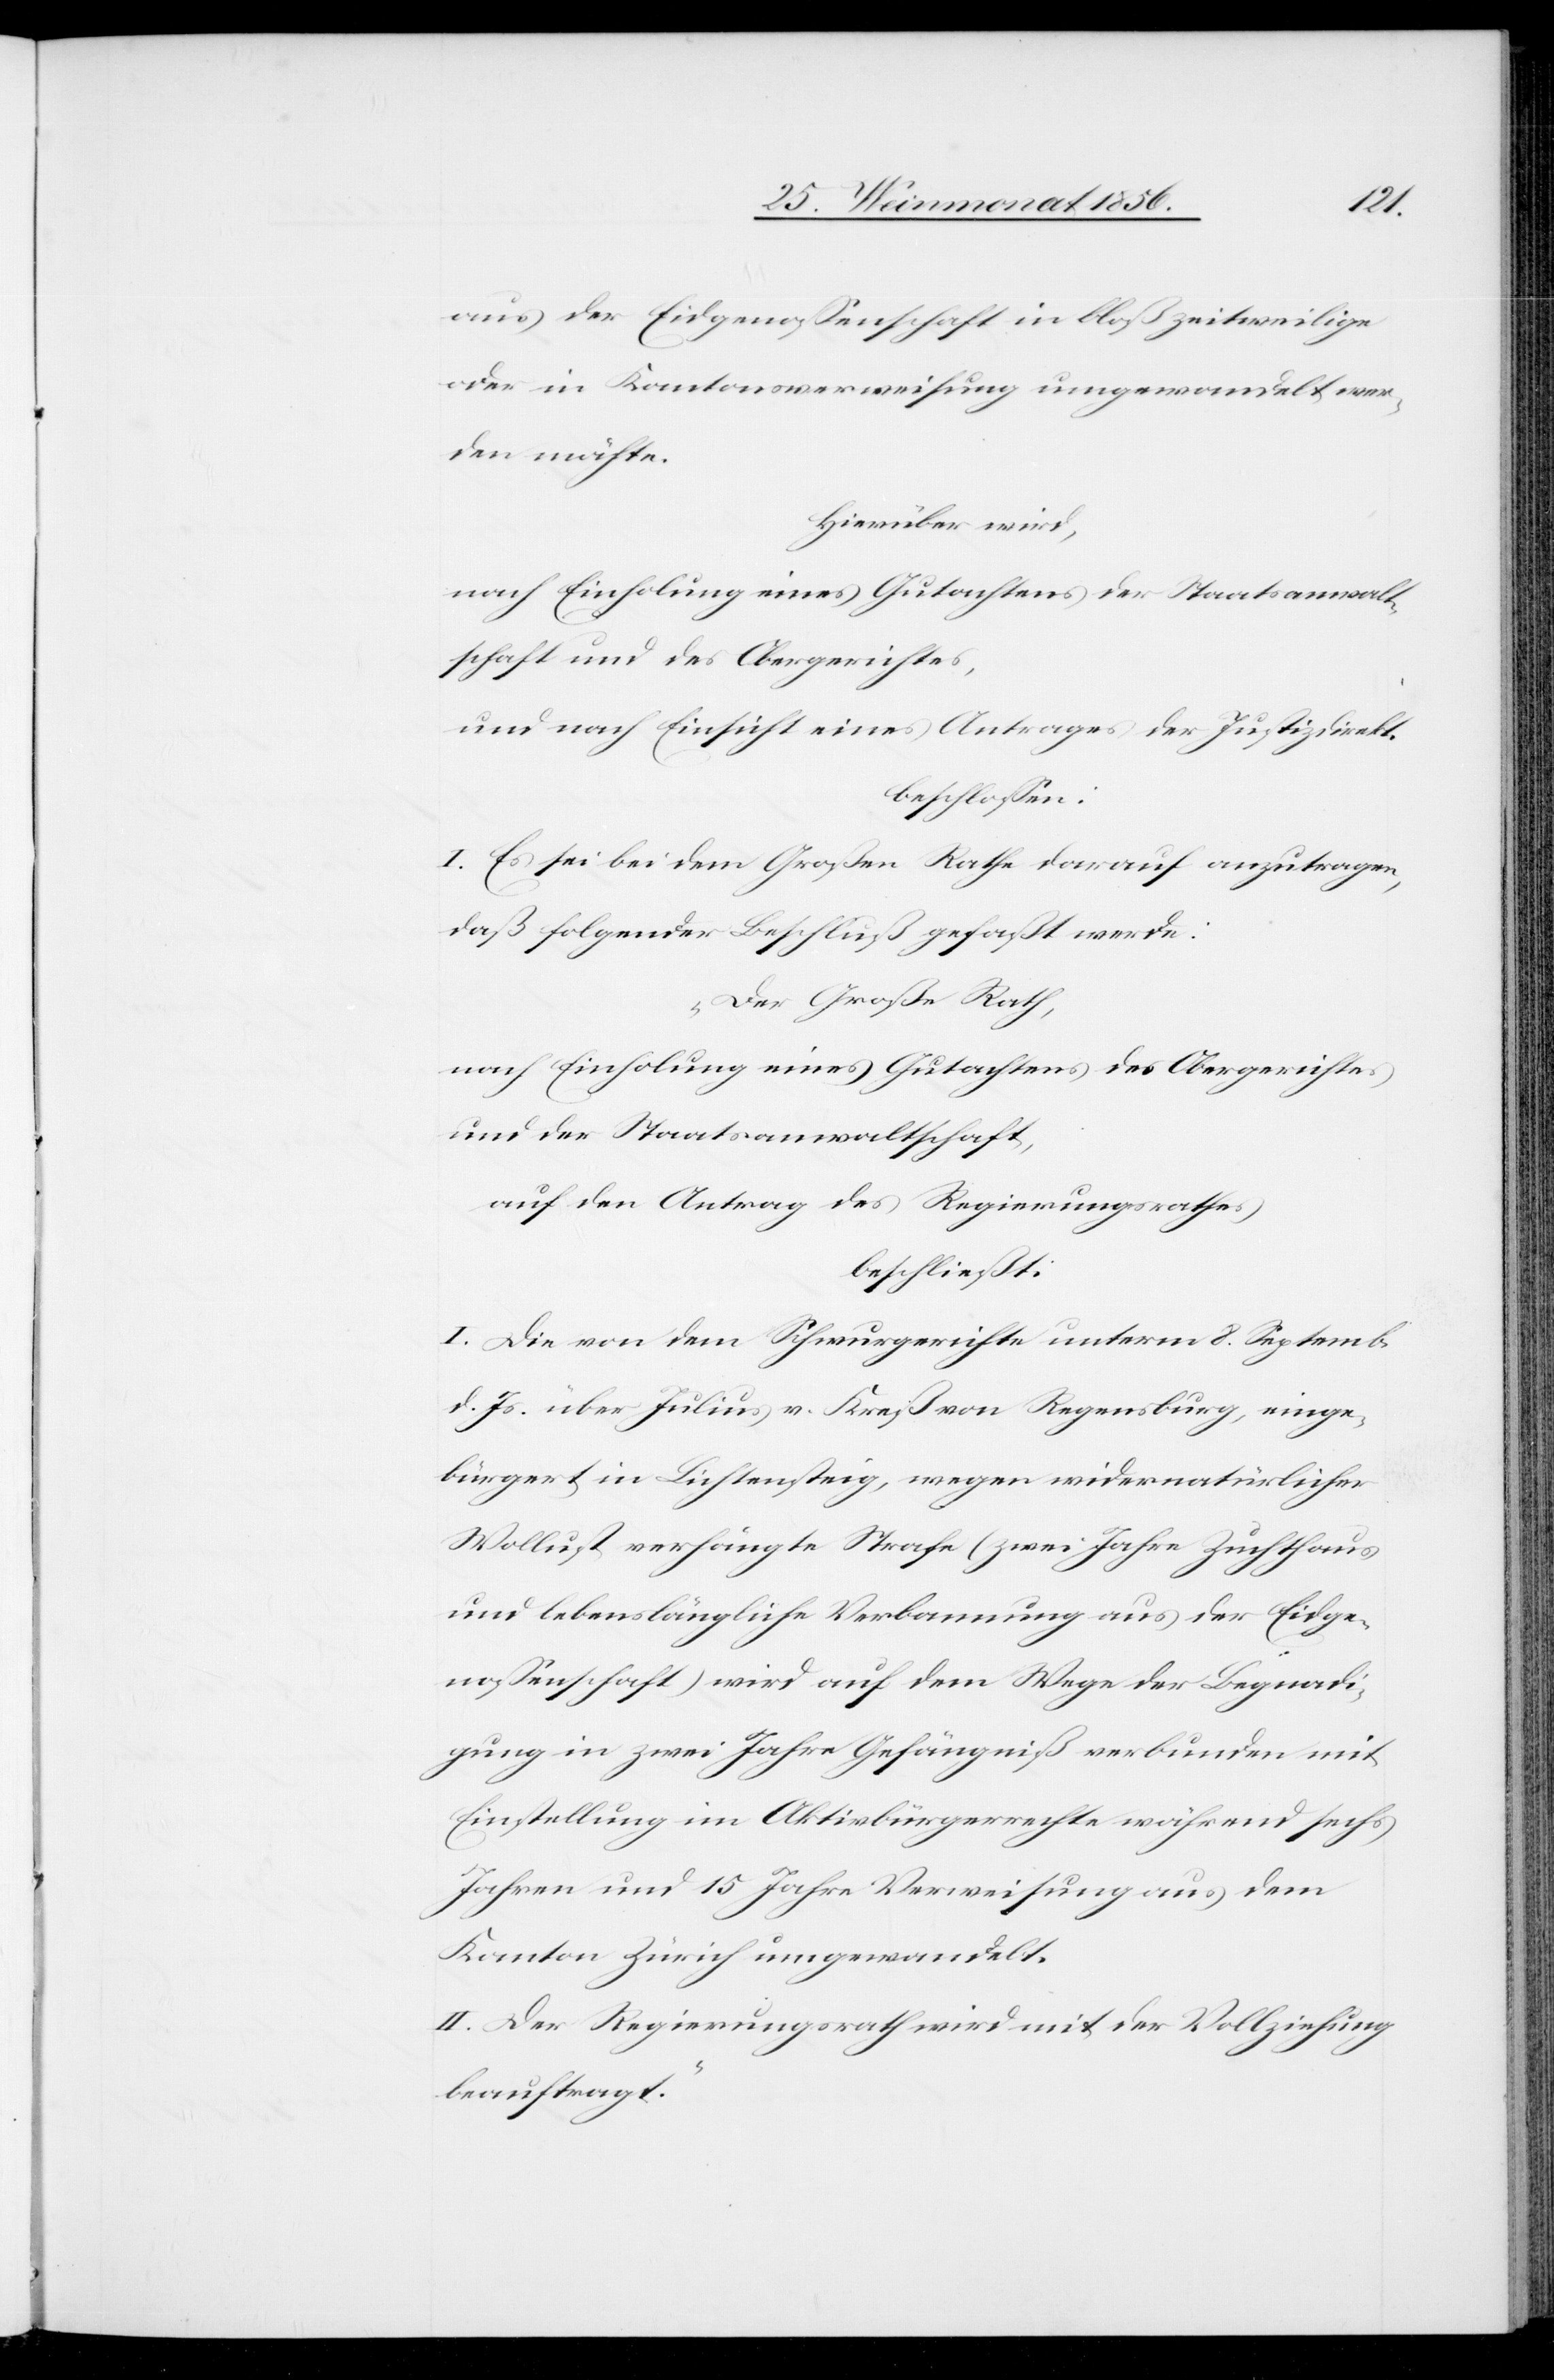
aus der Eidgenossenschaft in bloß zeitweilige
oder in Kantonsverweisung umgewandelt wer¬
den möchte.
Hierüber wird,
nach Einholung eines Gutachtens der Staatsanwalt¬
schaft und des Obergerichtes,
und nach Einsicht eines Antrages der Justizdirekt.
beschlossen:
I. Es sei bei dem Großen Rathe darauf anzutragen,
daß folgender Beschluß gefaßt werde:
„Der Große Rath,
nach Einholung eines Gutachtens des Obergerichtes
und der Staatsanwaltschaft,
auf den Antrag des Regierungsrathes
beschließt:
I. Die von dem Schwurgerichte unterm 8. Septemb.
d. Js. über Julius v. Kreß von Regensburg, einge¬
bürgert in Lichtensteig, wegen widernatürlicher
Wollust verhängte Strafe (zwei Jahre Zuchthaus
und lebenslängliche Verbannung aus der Eidge¬
nossenschaft) wird auf dem Wege der Begnadi¬
gung in zwei Jahre Gefängniß verbunden mit
Einstellung im Aktivbürgerrechte während sechs
Jahren und 15 Jahre Verweisung aus dem
Kanton Zürich umgewandelt.
II. Der Regierungsrath wird mit der Vollziehung
beauftragt.”